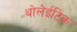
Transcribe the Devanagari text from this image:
थोलेईटिक